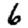
Digit: 6